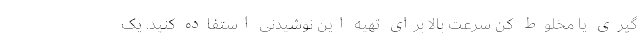
گیری یا مخلوط کن سرعت بالا برای تهیه این نوشیدنی استفاده کنید. یک